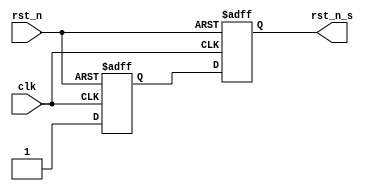
module sync_async_reset(
    input clk           ,
    input rst_n         ,
    output reg rst_n_s
    );
    reg mid_rst;
    
    always @(posedge clk or negedge rst_n) begin
        if(!rst_n) begin
            rst_n_s <= 1'b0     ;
            mid_rst <= 1'b0     ;
        end
        else begin
            mid_rst <= 1'b1     ;
            rst_n_s <= mid_rst  ;
        end        
    end

endmodule